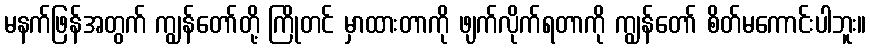
မနက်ဖြန်အတွက် ကျွန်တော်တို့ ကြိုတင် မှာထားတာကို ဖျက်လိုက်ရတာကို ကျွန်တော် စိတ်မကောင်းပါဘူး။